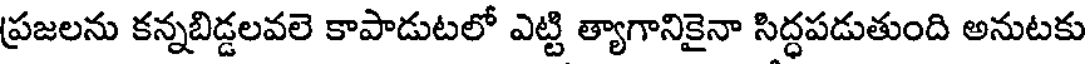
ప్రజలను కన్నబిడ్డలవలె కాపాడుటలో ఎట్టి త్యాగానికైనా సిద్ధపడుతుంది అనుటకు